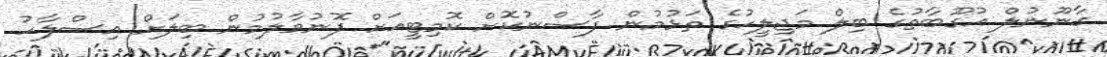
ގާނޫނުލް އުގޫބާތުގެ ބިލް މަޖިލީހުގެ ތަޅުމުން ފާސްނުކޮށް ކޮމިޓީއަށް ފޮނުވާލުމުން ބިލަށް އިސްލާހު